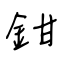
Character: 鉗